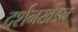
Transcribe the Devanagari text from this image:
दर्शनखंडन